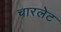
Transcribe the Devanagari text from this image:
चारलेट